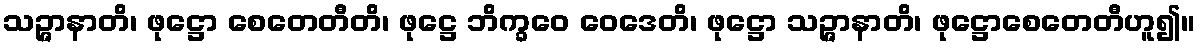
သဉ္ဇာနာတိ၊ ဖုဋ္ဌော စေတေတီတိ၊ ဖုဋ္ဌေ ဘိက္ခဝေ ဝေဒေတိ၊ ဖုဋ္ဌော သဉ္ဇာနာတိ၊ ဖုဋ္ဌောစေတေတီဟူ၍။